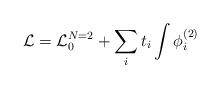
LaTeX: \begin{align*}{\cal L} = {\cal L}_{0}^{N=2} + \sum_{i} t_i \int \phi_{i}^{(2)}\end{align*}